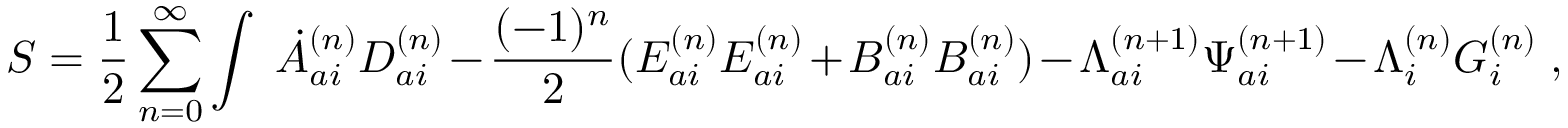
S = \frac { 1 } { 2 } \sum _ { n = 0 } ^ { \infty } \int \ \dot { A } _ { a i } ^ { ( n ) } D _ { a i } ^ { ( n ) } - \frac { ( - 1 ) ^ { n } } { 2 } ( E _ { a i } ^ { ( n ) } E _ { a i } ^ { ( n ) } + B _ { a i } ^ { ( n ) } B _ { a i } ^ { ( n ) } ) - { \Lambda } _ { a i } ^ { ( n + 1 ) } { \Psi } _ { a i } ^ { ( n + 1 ) } - { \Lambda } _ { i } ^ { ( n ) } { \cal G } _ { i } ^ { ( n ) } \ ,